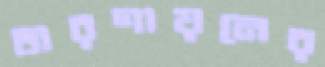
ধারণায়নের